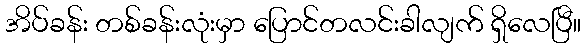
အိပ်ခန်း တစ်ခန်းလုံးမှာ ပြောင်တလင်းခါလျက် ရှိလေပြီ။